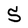
Character: 5